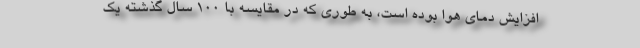
افزایش دمای هوا بوده است، به طوری که در مقایسه با ۱۰۰ سال گذشته یک